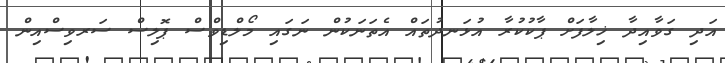
އަދި ގަވާއިދާ ޚިލާފަށް ޕާކުކުރާ އުޅަނދުތައް އެތަނަކުން ނަގައި މޯލްޑިވްސް ޕޮލިސް ސަރވިސްއިން